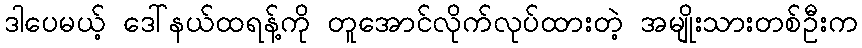
ဒါပေမယ့် ဒေါ်နယ်ထရန့်ကို တူအောင်လိုက်လုပ်ထားတဲ့ အမျိုးသားတစ်ဦးက